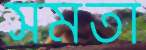
সমতা